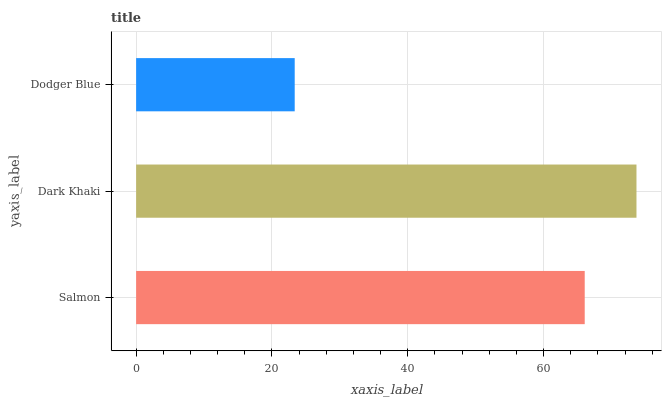
| yaxis_label | bars |
 | --- | --- |
 | Salmon | 66 |
 | Dark Khaki | 73.7 |
 | Dodger Blue | 23.3 |